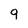
Character: 9